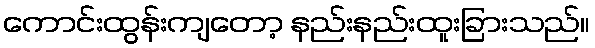
ကောင်းထွန်းကျတော့ နည်းနည်းထူးခြားသည်။